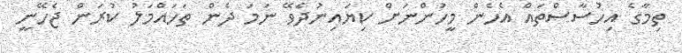
ތިމާގެ އިހުސާސްތައް އެހެން މީހުންނަށް ކިޔައިނުދެވޭ ނަމަ ދެން ތަހައްމަލު ކުރަން ޖެހޭނީ